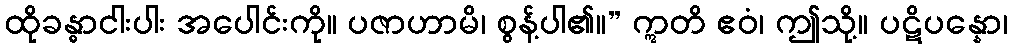
ထိုခန္ဓာငါးပါး အပေါင်းကို။ ပဇာဟာမိ၊ စွန့်ပါ၏။” ဣတိ ဧဝံ၊ ဤသို့။ ပဋိပန္နော၊